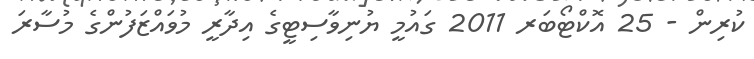
ކުރިން - 25 އޮކްޓޯބަރ 2011 ގައުމީ ޔުނިވާސިޓީގެ އިދާރީ މުވައްޒަފުންގެ މުސާރަ